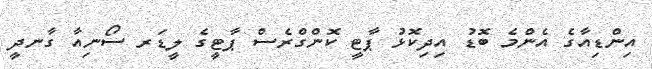
އިންޑިއާގެ އެންމެ ބޮޑު އިދިކޮޅު ޕާޓީ ކޮންގްރެސް ޕާޓީގެ ލީޑަރ ސޯނިއާ ގާނދީ